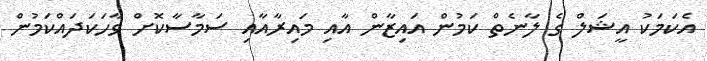
އެކަމަކު އީޝަލް ގެ ލާނެތް ކަމުން އައިޒާން އާއި މައިރާއާއި ސަމާސާކޮށް ވާހަކަދައްކަމުން